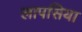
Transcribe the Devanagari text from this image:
लापसिया